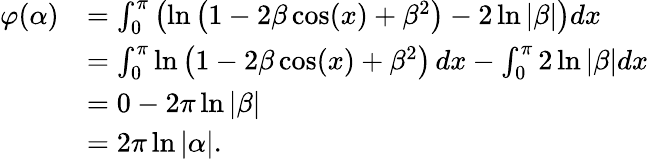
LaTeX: {\begin{array}{rl}{\varphi(\alpha)}&{=\int_{0}^{\pi}\left(\ln\left(1-2\beta\cos(x)+\beta^{2}\right)-2\ln|\beta|\right)dx}\\ &{=\int_{0}^{\pi}\ln\left(1-2\beta\cos(x)+\beta^{2}\right)\, dx-\int_{0}^{\pi}2\ln|\beta|dx}\\ &{=0-2\pi\ln|\beta|}\\ &{=2\pi\ln|\alpha|.}\end{array}}